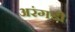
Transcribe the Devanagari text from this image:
अरंगडी